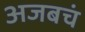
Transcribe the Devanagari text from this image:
अजबचं